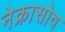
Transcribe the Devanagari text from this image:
नेक्रासोव